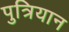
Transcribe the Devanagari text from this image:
पुत्रियान